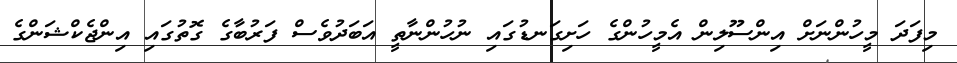
މިފަދަ މީހުންނަށް އިންސޫލިން އެމީހުންގެ ހަށިގަނޑުގައި ނުހުންނާތީ އަބަދުވެސް ފަރުބާގެ ގޮތުގައި އިންޖެކްޝަންގެ